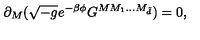
\partial _ { M } ( \sqrt { - g } e ^ { - \beta \phi } G ^ { M M _ { 1 } . . . M _ { { \tilde { d } } } } ) = 0 ,